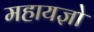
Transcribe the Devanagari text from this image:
महायज्ञो